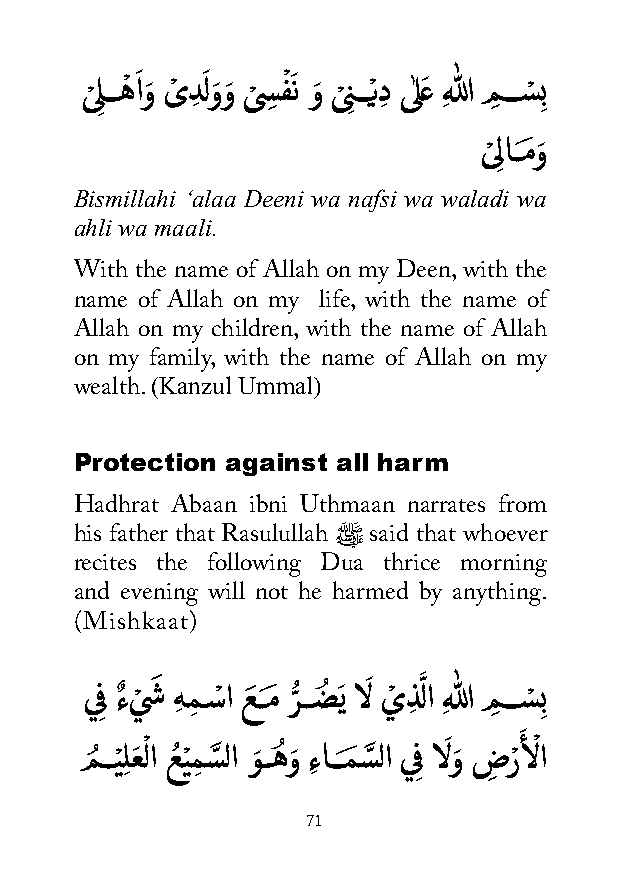
ى ْ ل ِ ـــهْ اَ وَ ىْ دِ لَ وَوَ ى ْ سِ فْ َ ن وَ ى ْ نِ ـــْيدِ ىٰلعَ ِهللا مِ ـــسْ ِب
 ى ْ ِلاــمَوَ
 Bismillahi ‘alaa Deeni wa nafsi wa waladi wa
 ahli wa maali.
 With the name of Allah on my Deen, with the
 name of Allah on my life, with the name of
 Allah on my children, with the name of Allah
 on my family, with the name of Allah on my
 (Kanzul Ummal)
 wealth.
 Protection against all harm
 Hadhrat Abaan ibni Uthmaan narrates from
 his father that Rasulullah ﷺ said that whoever
 recites the following Dua thrice morning
 and evening will not he harmed by anything.
 (Mishkaat)
 ي ِف ءٌ ي ْ شَ هِ مِ ـسْ ا عَ ــمَ رُّ ــضُ َي الَ يْ ذِ لَّ ا ِهللا مِ ـــسْ ِب
 َ
 مُ ــيْ ِلعَ ْ لا عُ يْ مِ سَّ لا وَ ــهُ وَ ءِ اـــمَ سَّ لا ي ِف الَ وَ ضِ رْ ألْ ا
 71